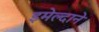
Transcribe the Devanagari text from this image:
इमेल्दाने